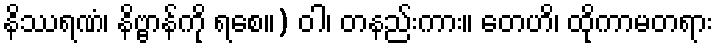
နိဿရဏံ၊ နိဗ္ဗာန်ကို ရစေ။) ဝါ၊ တနည်းကား။ တေဟိ၊ ထိုကာမတရား